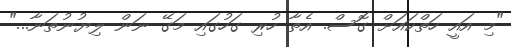
"މި އައީ ހަތްކައަށް ގޮސް. އެތާ ހުރި ގަހުގައި މަގޭ ނަން ލިޔުނުތަނާ..."